Insane asylums in Bengal annual reports 1867-1875 - 1867-1875
Year: 1867
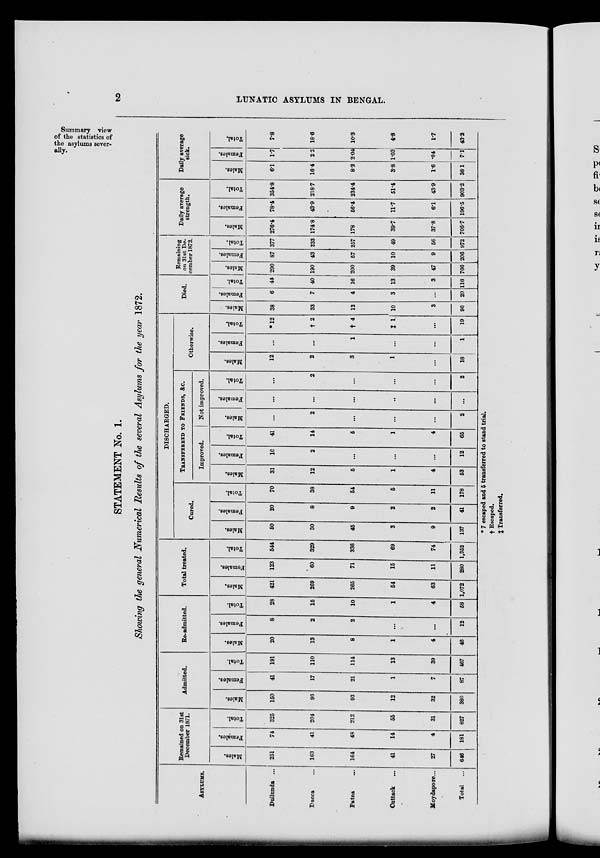
2
LUNATIC ASYLUMS IN BENGAL.
Summary view
of the statistics of
the asylums sever-
ally.
STATEMENT No. 1.
Showing the general Numerical Results of the several Asylums for the year 1872.
ASYLUMS.
Dullunda ...
Dacca ...
Patna ...
Cuttack ...
Moydapore ...
Total ...
Remained on 31st
December 1871.
Males.
251
163
164
41
27
646
Females.
74
41
48
14
4
181
Total.
325
204
212
55
31
827
Admitted.
Males.
150
93
93
12
32
380
Females.
41
17
21
1
7
87
Total.
191
110
114
13
39
467
Re-admitted.
Males.
20
13
8
1
4
46
Females.
8
2
2
...
...
12
Total.
28
15
10
1
4
58
Total treated.
Males.
421
269
265
54
63
1,072
Females.
123
60
71
15
11
280
Total.
544
329
336
69
74
1,352
DISCHARGED.
Cured.
Males.
50
30
45
3
9
137
Females.
20
8
9
2
2
41
Total.
70
38
54
5
11
178
TRANSFERRED TO FRIENDS, &C.
Improved.
Males.
31
12
5
1
4
53
Females.
10
2
...
...
...
12
Total.
41
14
5
1
4
65
Not improved.
Males.
...
2
...
...
...
2
Females.
...
...
...
...
...
...
Total.
...
2
...
...
...
2
Otherwise.
Males.
12
2
3
1
...
18
Females.
...
...
1
...
...
1
Total.
*12
† 2
† 4
‡ 1
...
19
Died.
Males.
38
33
12
10
3
96
Females.
6
7
4
3
...
20
Total.
44
40
16
13
3
116
Remaining
on 31st De-
cember 1872.
Males.
290
190
200
39
47
766
Females.
87
43
57
10
9
206
Total.
377
233
257
49
56
972
Daily average
strength.
Males.
276.4
174.8
178
39.7
37.8
706.7
Females.
78.4
43.9
56.4
11.7
6.1
196.5
Total.
354.8
218.7
234.4
51.4
43.9
903.2
Daily average
sick.
Males.
6.1
16.4
8.2
3.8
1.6
36.1
Females.
1.7
2.2
2.04
1.03
.04
7.1
Total.
7.8
18.6
10.3
4.8
1.7
43.2
* 7 escaped and 5 transferred to stand trial.
† Escaped.
‡ Transferred.